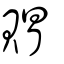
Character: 賵